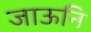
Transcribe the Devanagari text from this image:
जाऊनि